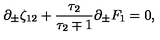
\partial _ { \pm } \zeta _ { 1 2 } + { \frac { \tau _ { 2 } } { \tau _ { 2 } \mp 1 } } \partial _ { \pm } F _ { 1 } = 0 ,